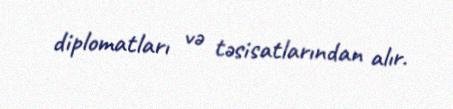
diplomatları və təsisatlarından alır.